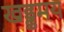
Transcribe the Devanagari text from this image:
खड्डमय